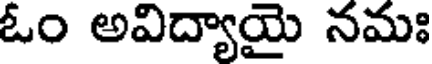
ఓం అవిద్యాయై నమః